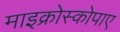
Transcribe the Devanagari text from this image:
माइक्रोस्कोपाए